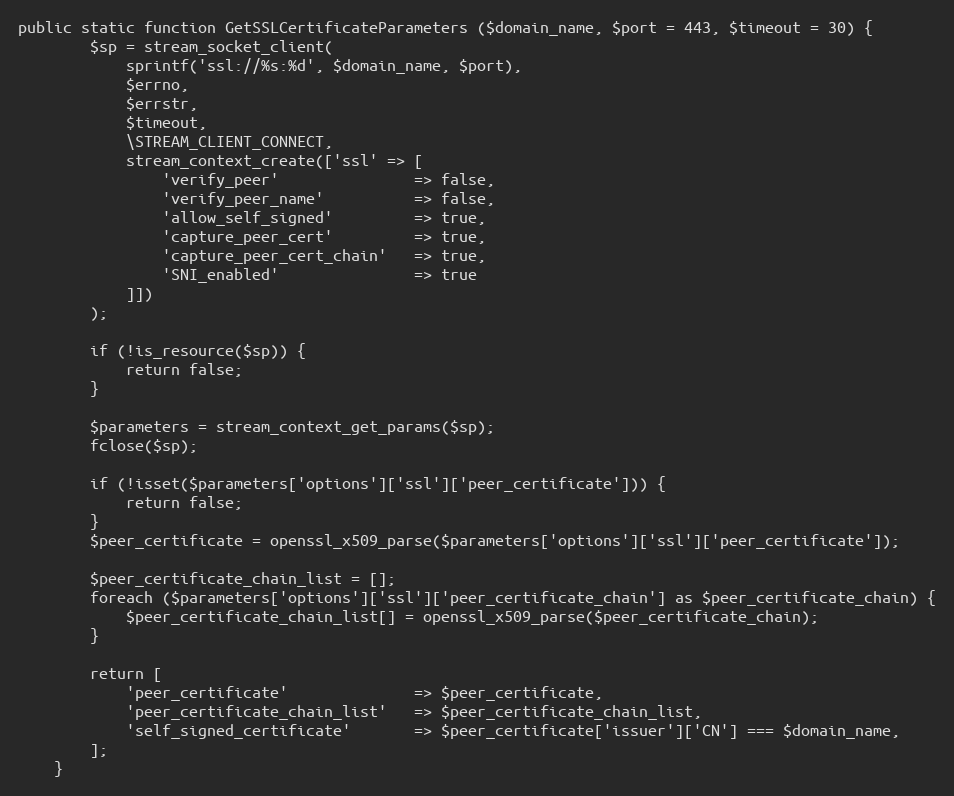
Language: PHP
public static function GetSSLCertificateParameters ($domain_name, $port = 443, $timeout = 30) {
		$sp = stream_socket_client(
			sprintf('ssl://%s:%d', $domain_name, $port),
			$errno,
			$errstr,
			$timeout,
			\STREAM_CLIENT_CONNECT,
			stream_context_create(['ssl' => [
				'verify_peer'				=> false,
				'verify_peer_name'			=> false,
				'allow_self_signed'			=> true,
				'capture_peer_cert'			=> true,
				'capture_peer_cert_chain'	=> true,
				'SNI_enabled'				=> true
			]])
		);

		if (!is_resource($sp)) {
			return false;
		}

		$parameters = stream_context_get_params($sp);
		fclose($sp);

		if (!isset($parameters['options']['ssl']['peer_certificate'])) {
			return false;
		}
		$peer_certificate = openssl_x509_parse($parameters['options']['ssl']['peer_certificate']);

		$peer_certificate_chain_list = [];
		foreach ($parameters['options']['ssl']['peer_certificate_chain'] as $peer_certificate_chain) {
			$peer_certificate_chain_list[] = openssl_x509_parse($peer_certificate_chain);
		}

		return [
			'peer_certificate'				=> $peer_certificate,
			'peer_certificate_chain_list'	=> $peer_certificate_chain_list,
			'self_signed_certificate'		=> $peer_certificate['issuer']['CN'] === $domain_name,
		];
	}